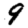
Digit: 9